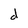
Character: d